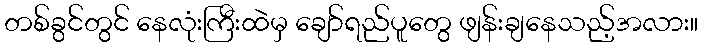
တစ်ခွင်တွင် နေလုံးကြီးထဲမှ ချော်ရည်ပူတွေ ဖျန်းချနေသည့်အလား။